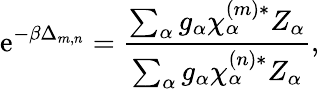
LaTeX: \mathrm{e}^{-\beta\Delta_{m,n}}=\frac{\sum_{\alpha}g_{\alpha}\chi_{\alpha}^{(m)*}Z_{\alpha}}{\sum_{\alpha}g_{\alpha}\chi_{\alpha}^{(n)*}Z_{\alpha}},